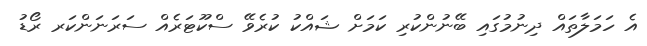
އެ ހަމަލާތައް ދިނުމުގަައި ބޭނުންކުރި ކަމަށް ޝައްކު ކުރެވޭ ސްކޫޓަރެއް ސަރަނަންކަރ ރޯޑު